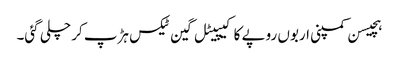
ہچیسن کمپنی اربوں روپے کا کیپیٹل گین ٹیکس ہڑپ کر چلی گئی۔